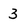
Character: 3